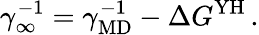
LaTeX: \gamma_{\infty}^{-1}=\gamma_{\mathrm{MD}}^{-1}-\Delta G^{\mathrm{YH}}\, .